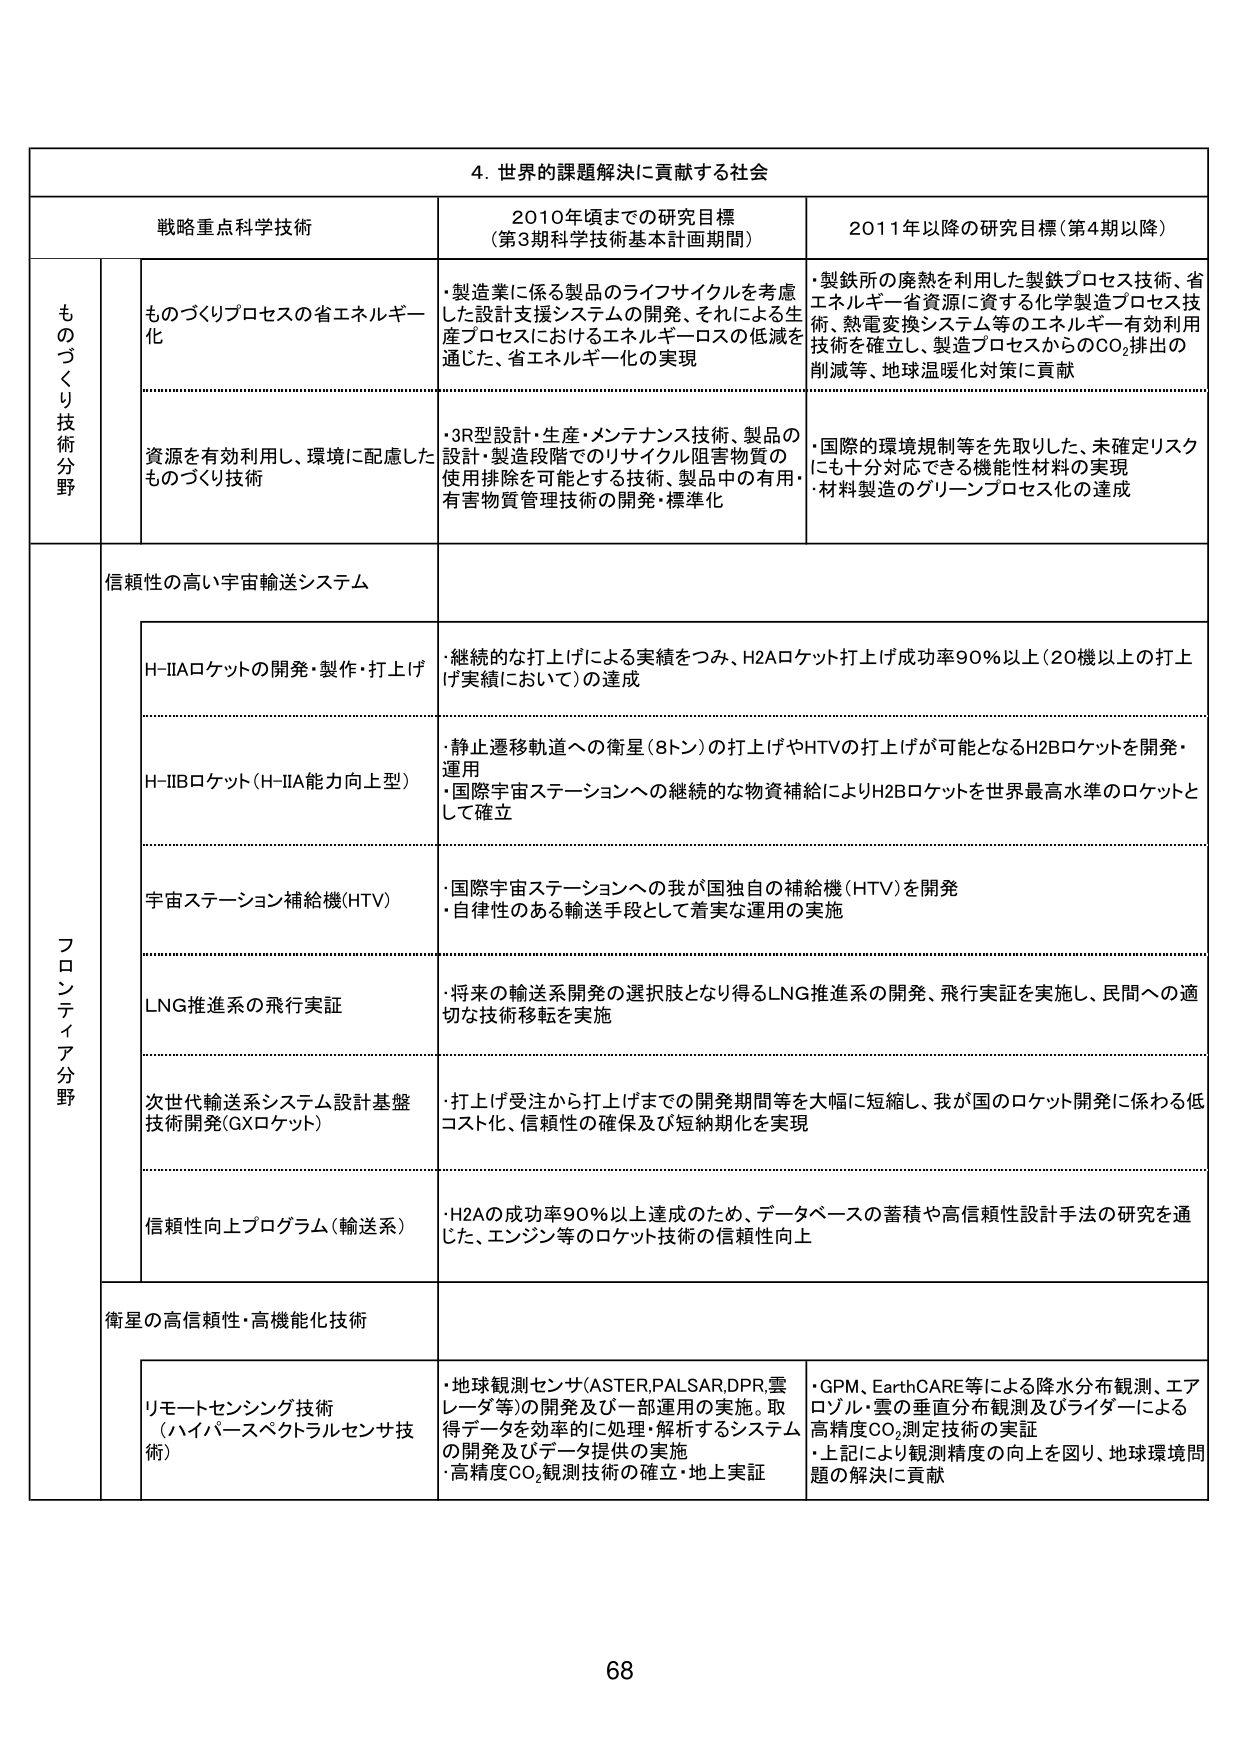
4. 世界の課題解決に貢献する社会

戦略重点科学技術 2010年頃までの研究目標 （第3期科学技術基本計画期間） 2011年以降の研究目標（第4期以降）

ものづくり技術分野

ものづくりプロセスの省エネルギー化
・製造業に係る製品のライフサイクルを考慮した設計支援システムの開発、それによる生産プロセスにおけるエネルギーロスの低減を通じた、省エネルギー化の実現
・製鉄所の廃熱を利用した製鉄プロセス技術、省エネルギー・省資源に資する化学製造プロセス技術、熱電変換システム等のエネルギー有効利用技術を確立し、製造プロセスからのCO₂排出の削減等、地球温暖化対策に貢献

資源を有効利用し、環境に配慮したものづくり技術
・3R型設計・生産・メンテナンス技術、製品の設計・製造段階でのリサイクル阻害物質の使用排除を可能とする技術、製品中の有用有害物質管理技術の開発・標準化
・国際的環境規制等を先取りした、未確定リスクにも十分対応できる機能性材料の実現
・材料製造のグリーンプロセス化の達成

フロンティア分野

信頼性の高い宇宙輸送システム

H-IIAロケットの開発・製作・打上げ
・継続的な打上げによる実績をつみ、H2Aロケット打上げ成功率90％以上（20機以上の打上げ実績において）の達成

H-IIBロケット（H-IIA能力向上型）
・静止遷移軌道への衛星（8トン）の打上げやHTVの打上げが可能となるH2Bロケットを開発・運用
・国際宇宙ステーションへの継続的な物資補給によりH2Bロケットを世界最高水準のロケットとして確立

宇宙ステーション補給機（HTV）
・国際宇宙ステーションへの我が国独自の補給機（HTV）を開発
・自律性のある輸送手段として着実な運用の実施

LNG推進系の飛行実証
・将来の輸送系開発の選択肢となり得るLNG推進系の開発、飛行実証を実施し、民間への適切な技術移転を実施

次世代輸送系システム設計基盤技術開発（GXロケット）
・打上げ受注から打上げまでの開発期間等を大幅に短縮し、我が国のロケット開発に係わる低コスト化、信頼性の確保及び短納期化を実現

信頼性向上プログラム（輸送系）
・H2Aの成功率90％以上達成のため、データベースの蓄積や高信頼性設計手法の研究を通じた、エンジン等のロケット技術の信頼性向上

衛星の高信頼性・高機能化技術

リモートセンシング技術（ハイパースペクトラルセンサ技術）
・地球観測センサ（ASTER,PALSAR,DPR,雲レーダ等）の開発及び一部運用の実施。取得データを効率的に処理・解析するシステムの開発及びデータ提供の実施
・高精度CO₂観測技術の確立・地上実証
・GPM、EarthCARE等による降水分布観測、エアロゾル・雲の垂直分布観測及びライダーによる高精度CO₂測定技術の実証
・上記により観測精度の向上を図り、地球環境問題の解決に貢献

68